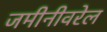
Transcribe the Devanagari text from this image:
जमीनीवरेल